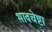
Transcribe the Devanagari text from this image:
भावचेष्टा